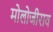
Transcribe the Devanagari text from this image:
मोलोजीराव